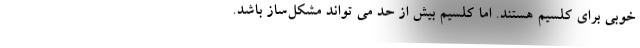
خوبی برای کلسیم هستند. اما کلسیم بیش از حد می تواند مشکل‌ساز باشد.